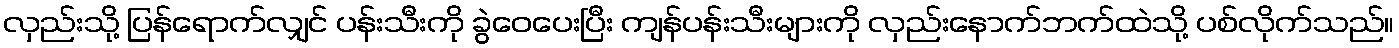
လှည်းသို့ ပြန်ရောက်လျှင် ပန်းသီးကို ခွဲဝေပေးပြီး ကျန်ပန်းသီးများကို လှည်းနောက်ဘက်ထဲသို့ ပစ်လိုက်သည်။